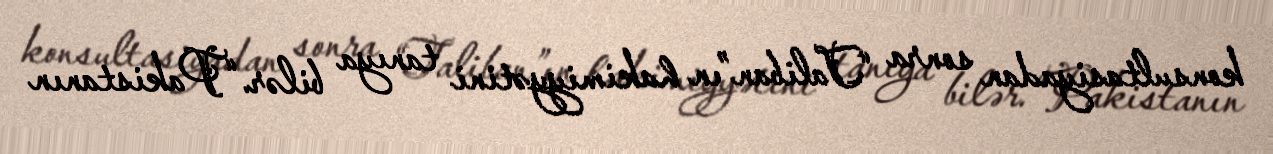
konsultasiyadan sonra “Taliban”ın hakimiyyətini tanıya bilər.“Pakistanın